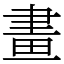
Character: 畫